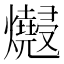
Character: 𱬮